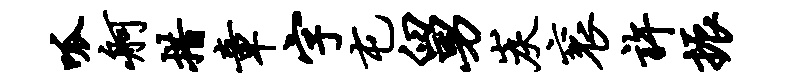
呱舸措章字屯舅炭衮许振